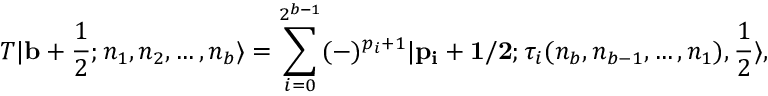
{ \cal T } | { \bf b } + \frac { 1 } { 2 } ; n _ { 1 } , n _ { 2 } , \ldots , n _ { b } \rangle = \sum _ { i = 0 } ^ { 2 ^ { b - 1 } } ( - ) ^ { p _ { i } + 1 } | { \bf { p _ { i } + 1 / 2 } } ; \tau _ { i } ( n _ { b } , n _ { b - 1 } , \ldots , n _ { 1 } ) , \frac { 1 } { 2 } \rangle ,